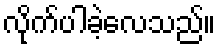
လိုက်ပါခဲ့လေသည်။